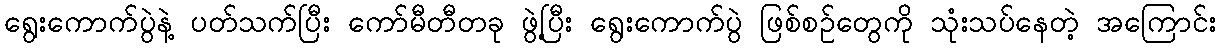
ရွေးကောက်ပွဲနဲ့ ပတ်သက်ပြီး ကော်မီတီတခု ဖွဲ့ပြီး ရွေးကောက်ပွဲ ဖြစ်စဉ်တွေကို သုံးသပ်နေတဲ့ အကြောင်း